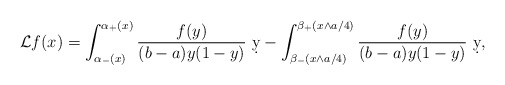
\begin{align*} \mathcal L f(x) = \int_{\alpha_-(x)}^{\alpha_+(x)} \frac{f(y)}{(b-a)y(1-y)} \ \d y - \int_{\beta_-(x\wedge a/4)}^{\beta_+(x\wedge a/4)} \frac{ f(y)}{(b-a)y(1-y)} \ \d y , \end{align*}